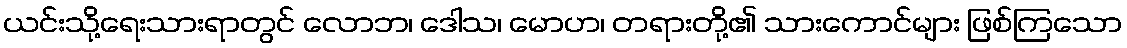
ယင်းသို့ရေးသားရာတွင် လောဘ၊ ဒေါသ၊ မောဟ၊ တရားတို့၏ သားကောင်များ ဖြစ်ကြသော